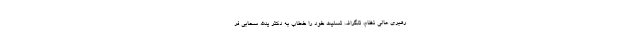
رهبری عالی نظام، تلگراف تسلیت خود را خطاب به دکتر یدالله سحابی فر